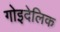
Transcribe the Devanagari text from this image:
गोइदेलिक